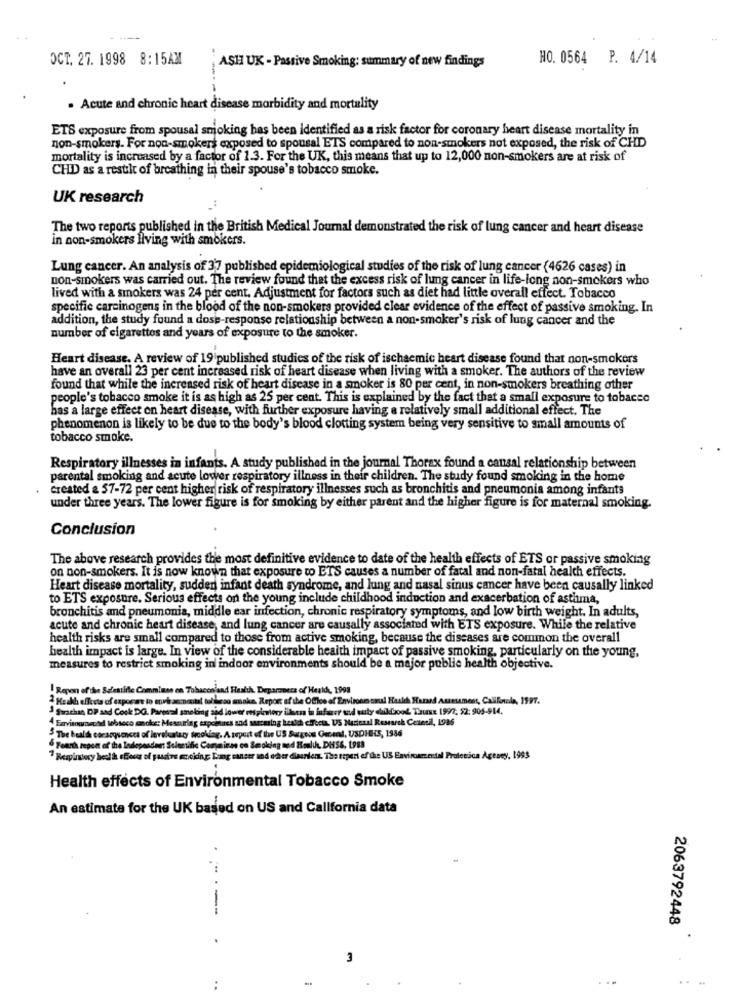
OCT. 27. 1998 8:15AM
ASH UK - Passive Smoking: summary of new findings
HO. 0564 P. 4/14
. Acute and chronic heart disease morbidity and mortality
ETS exposure from spousal smoking bas been identified as a risk factor for coronary heart disease mortality in
non-smokers. For non-smokers exposed to spousal ETS compared to non-smokers not exposed, the risk of CHD
mortality is increased by a factor of 1.3. For the UK, this means that up to 12,000 non-smokers are at risk of
CHD as a result of breathing in their spouse's tobacco smoke.
UK research
The two reports published in the British Medical Journal demonstrated the risk of lung cancer and heart disease
in non-smokers living with smokers.
Lung cancer. An analysis of 37 published epidemiological studies of the risk of lung cancer (4626 cases) in
non-smokers was carried out. The review found that the excess risk of lung cancer in life-long non-smokers who
lived with a smokers was 24 per cent, Adjustment for factors such as diet had little overall effect. Tobacco
specific carcinogens in the blood of the non-smokers provided clear evidence of the effect of passive smoking. In
addition, the study found a dose-response relationship between a non-smoker's risk of lung cancer and the
number of cigarettes and years of exposure to the smoker.
Heart disease. A review of 19 published studies of the risk of ischaemic heart disease found that non-smokers
have an overall 23 per cent increased risk of heart disease when living with a smoker. The authors of the review
found that while the increased risk of heart disease in a smoker is 80 per cent, in non-smokers breathing other
people's tobacco smoke it is as high as 25 per cent. This is explained by the fact that a small exposure to tobacco
has a large effect on heart disease, with further exposure having a relatively small additional effect. The
phenomenon is likely to be due to the body's blood clotting system being very sensitive to small amounts of
tobacco smoke.
Respiratory illnesses in infants. A study published in the journal Thorax found a causal relationship between
parental smoking and acute lower respiratory illness in their children. The study found smoking in the home
created & 57-72 per cent higher risk of respiratory illnesses such as bronchitis and pneumonia among infants
under three years. The lower figure is for smoking by either parent and the higher figure is for maternal smoking.
Conclusion
The above research provides the most definitive evidence to date of the health effects of ETS or passive smoking
on non-smokers. It is now known that exposure to ETS causes a number of fatal and non-fatal health effects.
Heart disease mortality, sudden infant death syndrome, and lung and nasal sinus cancer have been causally linked
to ETS exposure. Serious effects on the young include childhood induction and exacerbation of asthma,
bronchitis and pneumonia, middle ear infection, chronic respiratory symptoms, and low birth weight. In adults,
acute and chronic heart disease, and lung cancer are causally associated with ETS exposure. While the relative
health risks are small compared to those from active smoking, because the diseases are common the overall
health impact is large. In view of the considerable health impact of passive smoking, particularly on the young,
measures to restrict smoking in indoor environments should be a major public health objective.
!Repen of the Salestifle Comminne on Tobacon and Health, Deparaoera of Health, 1993
2 Keakh effects of capocare to envi accnostal toblicoo smoke. Report of the Office of Environm omal Health Harand Assessment, Califotola, 1997.
1 Surachan, DP and Cook DG. Pareral smoking and lower opinion illeana in infer und outy chiliwood. Tuxx 1997, 52: 905-914.
Eavisogrecodl tobseco noks: Mescuring espointures and saucesing besich effects. US Maticaal Research Cetesil, 1986
3 The build corarquences of lovelatacy trecking. A spit of the US Surgeas Gesenl, USDHIS, 1986
6 Fearh repon of the Independent Scientific Comminas co Smoking and Health, DHSS. L988
7 Respintoy hesla efour of passive moking Lang cancer and other diasrien. The reperi of the US Environmental Pruletica Ageney, 1993
Health effects of Environmental Tobacco Smoke
An estimate for the UK based on US and California data
-- ---
2063792448
3
...
: